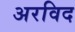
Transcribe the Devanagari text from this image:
अरविद